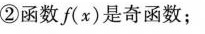
②函数f(x)是奇函数；